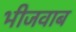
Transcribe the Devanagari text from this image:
भीजवाब